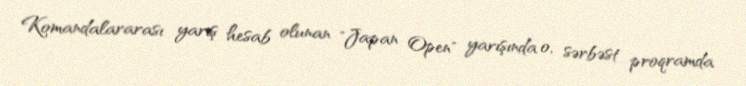
Komandalararası yarış hesab olunan "Japan Open" yarışında o, sərbəst proqramda